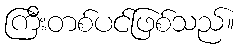
ကြီးတစ်ပင်ဖြစ်သည်။